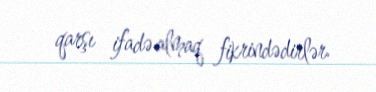
qarşı ifadə almaq fikrindədirlər.